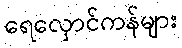
ရေလှောင်ကန်များ